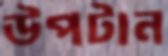
উপটান